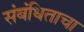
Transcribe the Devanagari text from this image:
संबंधिताचा